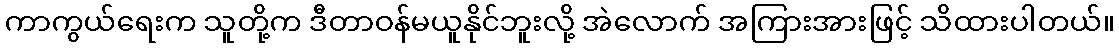
ကာကွယ်ရေးက သူတို့က ဒီတာဝန်မယူနိုင်ဘူးလို့ အဲလောက် အကြားအားဖြင့် သိထားပါတယ်။